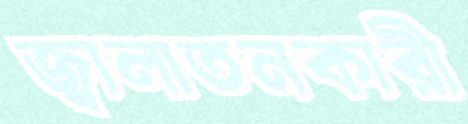
জ্বালাতনকারী